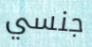
جنسي